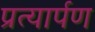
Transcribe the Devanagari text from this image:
प्रत्‍यार्पण